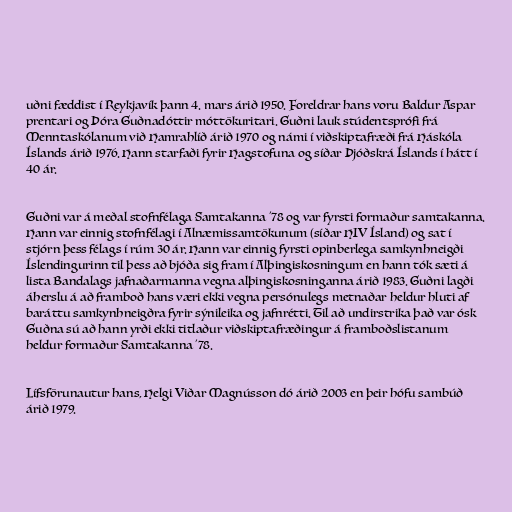
uðni fæddist í Reykjavík þann 4. mars árið 1950. Foreldrar hans voru Baldur Aspar
prentari og Þóra Guðnadóttir móttökuritari. Guðni lauk stúdentsprófi frá
Menntaskólanum við Hamrahlíð árið 1970 og námi í viðskiptafræði frá Háskóla
Íslands árið 1976. Hann starfaði fyrir Hagstofuna og síðar Þjóðskrá Íslands í hátt í
40 ár.

Guðni var á meðal stofnfélaga Samtakanna '78 og var fyrsti formaður samtakanna.
Hann var einnig stofnfélagi í Alnæmissamtökunum (síðar HIV Ísland) og sat í
stjórn þess félags í rúm 30 ár. Hann var einnig fyrsti opinberlega samkynhneigði
Íslendingurinn til þess að bjóða sig fram í Alþingiskosningum en hann tók sæti á
lista Bandalags jafnaðarmanna vegna alþingiskosninganna árið 1983. Guðni lagði
áherslu á að framboð hans væri ekki vegna persónulegs metnaðar heldur hluti af
baráttu samkynhneigðra fyrir sýnileika og jafnrétti. Til að undirstrika það var ósk
Guðna sú að hann yrði ekki titlaður viðskiptafræðingur á framboðslistanum
heldur formaður Samtakanna '78.

Lífsförunautur hans, Helgi Viðar Magnússon dó árið 2003 en þeir hófu sambúð
árið 1979.